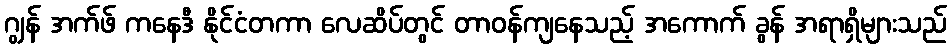
ဂျွန် အက်ဖ် ကနေဒီ နိုင်ငံတကာ လေဆိပ်တွင် တာဝန်ကျနေသည့် အကောက် ခွန် အရာရှိများသည်